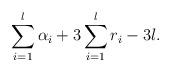
LaTeX: \begin{align*} \sum_{i=1}^{l} \alpha_i + 3\sum_{i=1}^l r_i -3l .\end{align*}